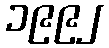
၁၉၉၂